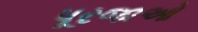
પૂરજાઓ